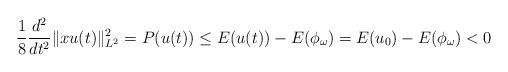
LaTeX: \begin{align*}\frac{1}{8}\frac{d^2}{dt^2}\|xu(t)\|_{L^2}^2=P(u(t))\le E(u(t))-E(\phi_{\omega})=E(u_0)-E(\phi_{\omega})<0\end{align*}